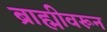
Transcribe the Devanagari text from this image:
ब्राह्मीवरून